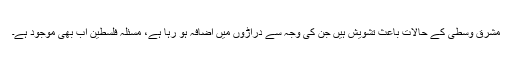
مشرق وسطی کے حالات باعث تشویش ہیں جن کی وجہ سے دراڑوں میں اضافہ ہو رہا ہے، مسئلہ فلسطین اب بھی موجود ہے۔